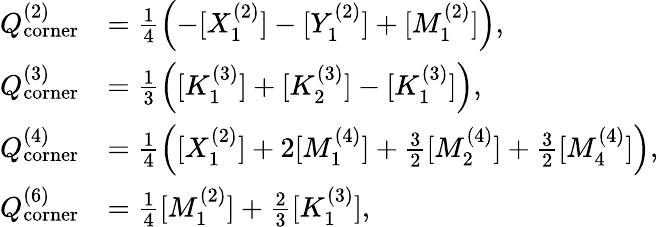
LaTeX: \begin{array}{rl}{Q_{\mathrm{corner}}^{(2)}}&{=\frac{1}{4}\left(-[X_{1}^{(2)}]-[Y_{1}^{(2)}]+[M_{1}^{(2)}]\right),}\\ {Q_{\mathrm{corner}}^{(3)}}&{=\frac{1}{3}\left([K_{1}^{(3)}]+[K_{2}^{(3)}]-[K_{1}^{(3)}]\right),}\\ {Q_{\mathrm{corner}}^{(4)}}&{=\frac{1}{4}\left([X_{1}^{(2)}]+2[M_{1}^{(4)}]+\frac{3}{2}[M_{2}^{(4)}]+\frac{3}{2}[M_{4}^{(4)}]\right),}\\ {Q_{\mathrm{corner}}^{(6)}}&{=\frac{1}{4}[M_{1}^{(2)}]+\frac{2}{3}[K_{1}^{(3)}],}\end{array}